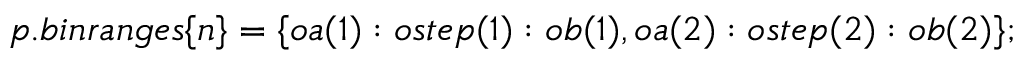
p . b i n r a n g e s \{ n \} = \{ o a ( 1 ) : o s t e p ( 1 ) : o b ( 1 ) , o a ( 2 ) : o s t e p ( 2 ) : o b ( 2 ) \} ;